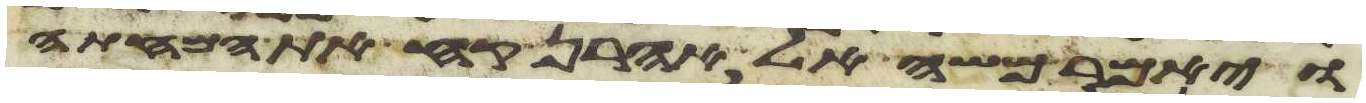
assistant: ויאמר משה אל אהרן קח את המחתה